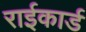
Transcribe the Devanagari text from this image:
राईकार्ड